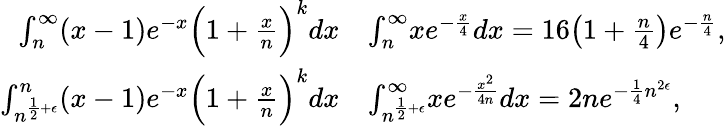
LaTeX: \begin{array}{rl}{\int_{n}^{\infty}(x-1)e^{-x}\Big(1+\frac{x}{n}\Big)^{k}dx}&{\le\int_{n}^{\infty}xe^{-\frac{x}{4}}dx=16\big(1+\frac{n}{4}\big)e^{-\frac{n}{4}},}\\ {\int_{n^{\frac{1}{2}+\epsilon}}^{n}(x-1)e^{-x}\Big(1+\frac{x}{n}\Big)^{k}dx}&{\le\int_{n^{\frac{1}{2}+\epsilon}}^{\infty}xe^{-\frac{x^{2}}{4n}}dx=2ne^{-\frac{1}{4}n^{2\epsilon}},}\end{array}